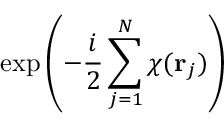
\exp \left( - { \frac { i } { 2 } } \sum _ { j = 1 } ^ { N } \chi ( { \bf r } _ { j } ) \right)